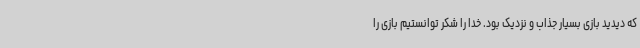
که دیدید بازی بسیار جذاب و نزدیک بود. خدا را شکر توانستیم بازی را